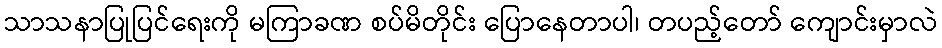
သာသနာပြုပြင်ရေးကို မကြာခဏ စပ်မိတိုင်း ပြောနေတာပါ၊ တပည့်တော် ကျောင်းမှာလဲ